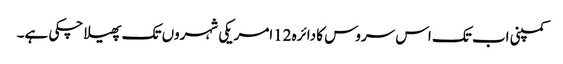
کمپنی اب تک اس سروس کا دائرہ 12امریکی شہروں تک پھیلا چکی ہے۔